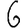
Digit: 6